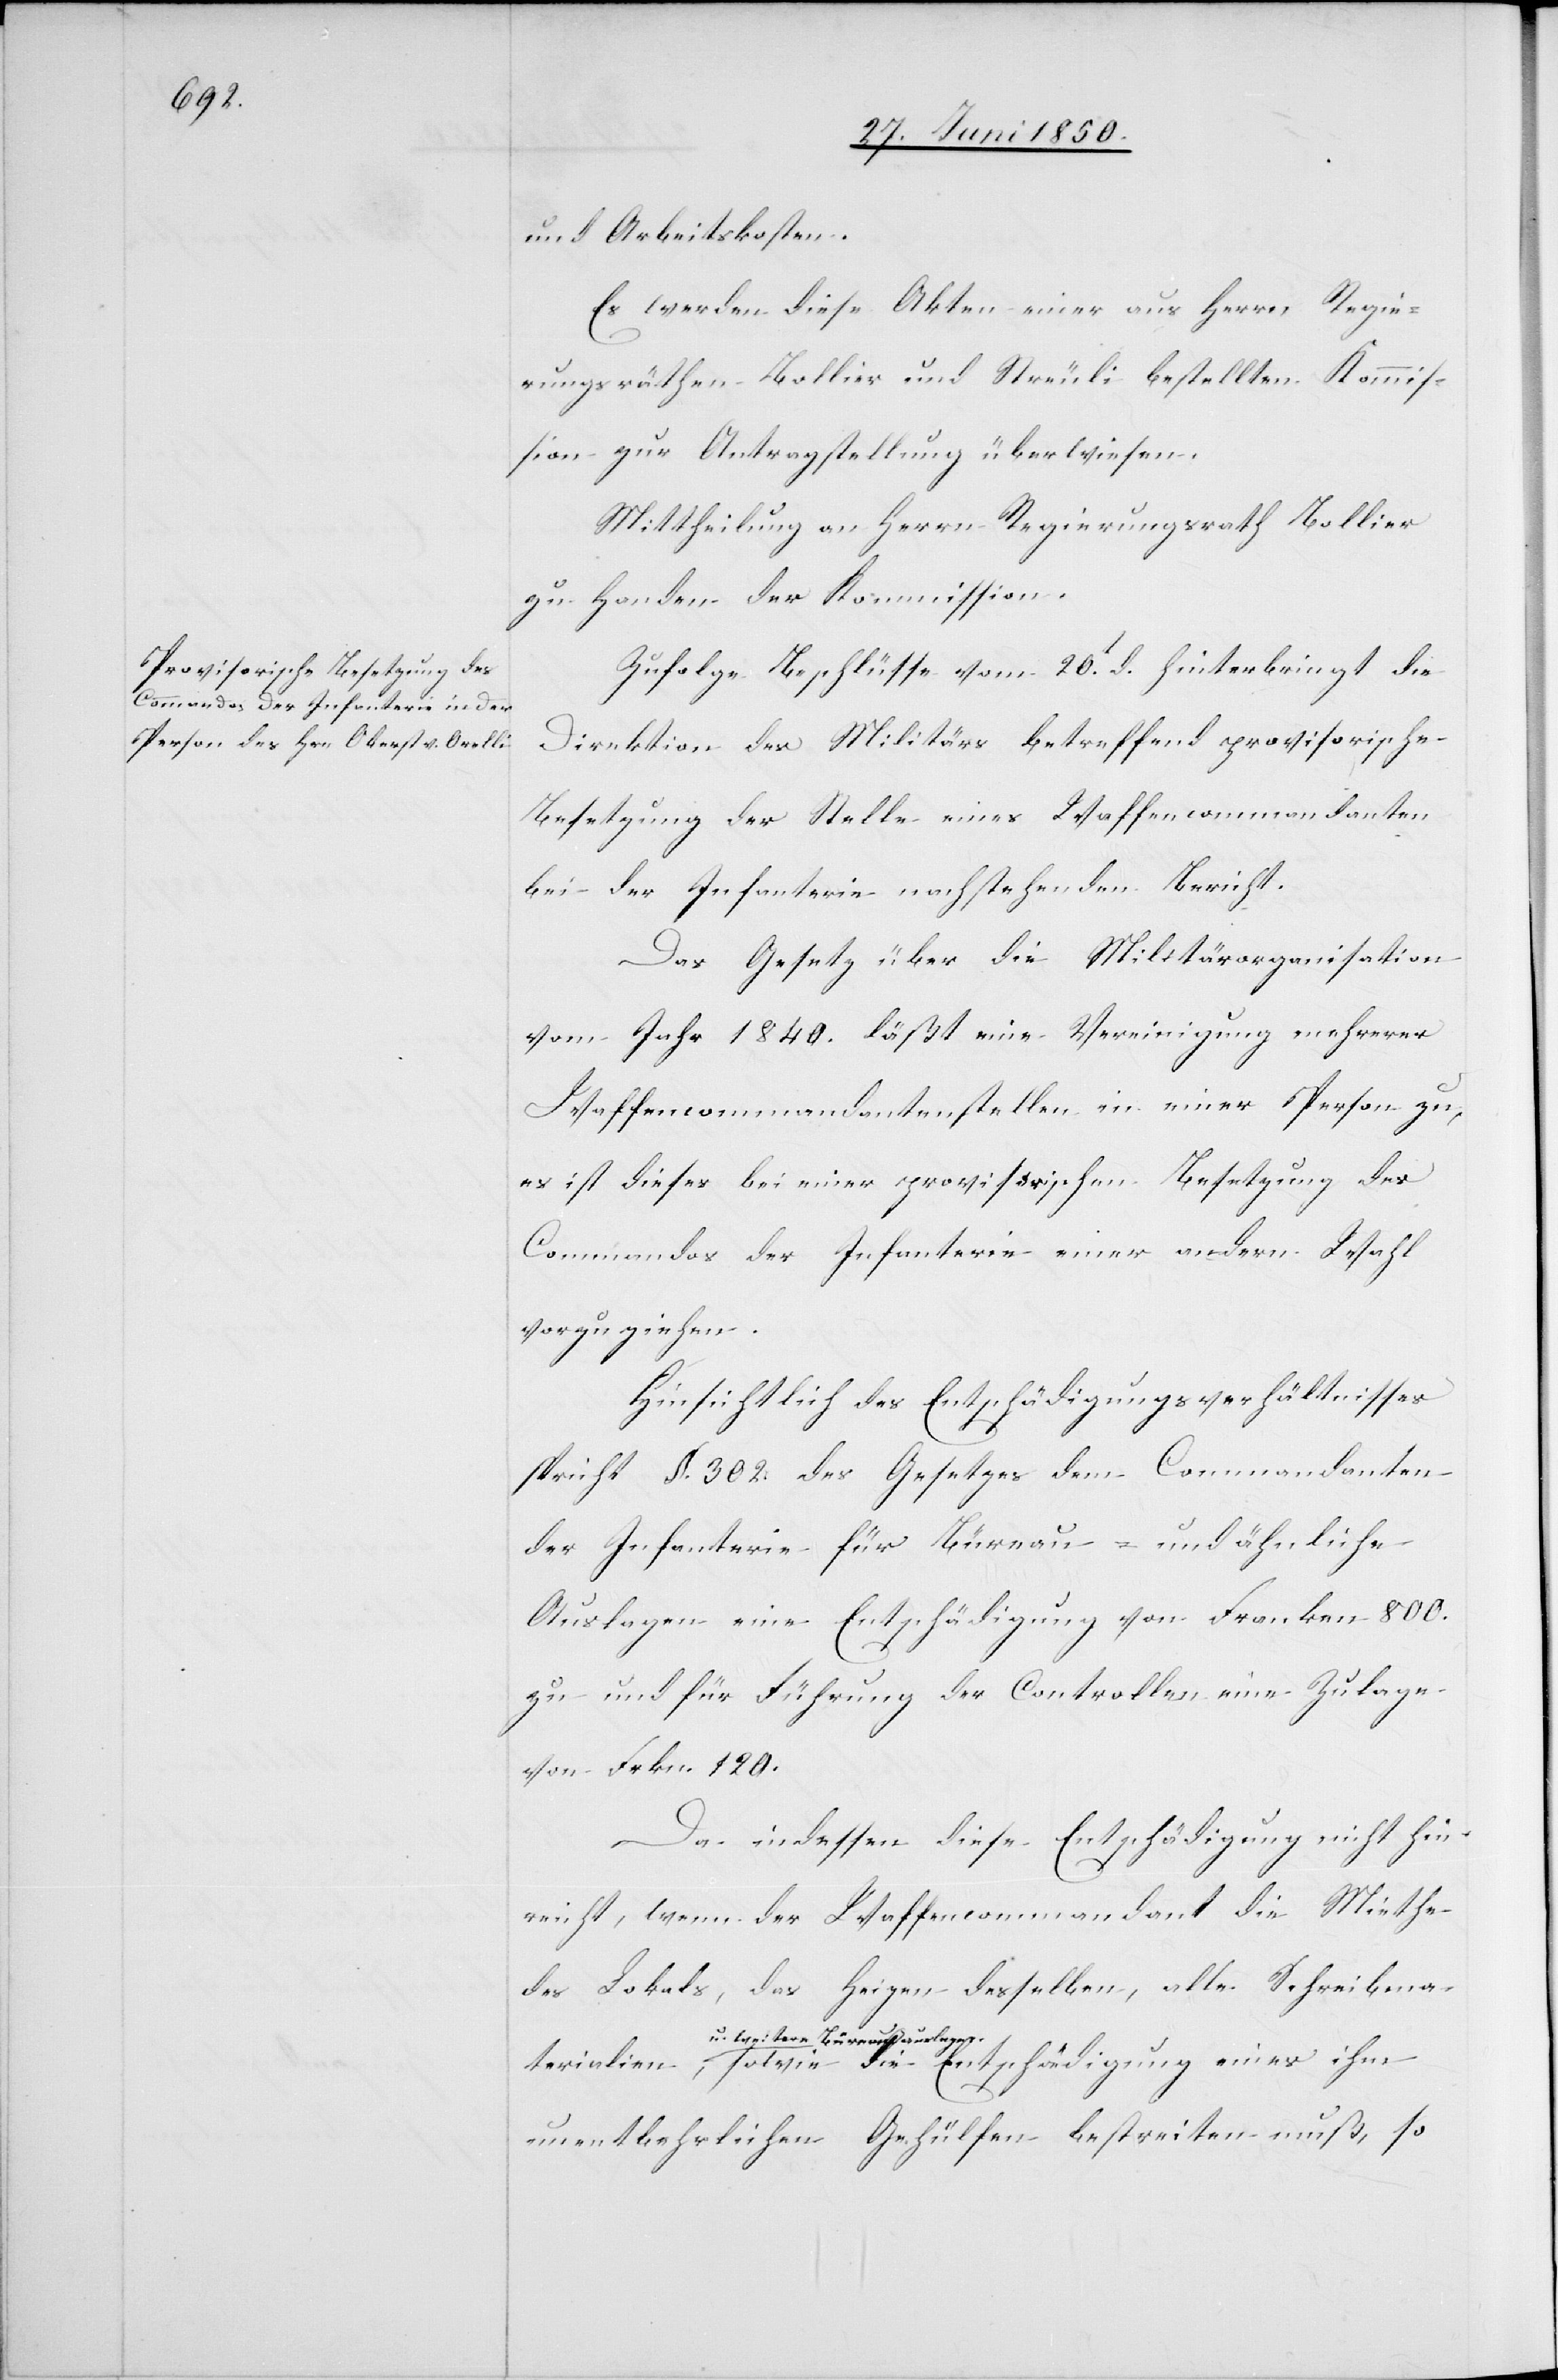
und Arbeitskosten.
Es werden diese Akten einer aus Herrn Regie¬
rungsräthen Bollier und Streuli bestellten Kommis¬
sion zur Antragstellung überwiesen.
Mittheilung an Herrn Regierungsrath Bollier
zu Handen der Kommission.
Zufolge Beschlüsse vom 20t d. hinterbringt die
Direktion des Militärs betreffend provisorische
Besetzung der Stelle eines Waffencommandanten
bei der Infanterie nachsehenden Bericht.
Das Gesetz über die Militärorganisation
vom Jahr 1840. läßt eine Vereinigung mehrerer
Waffencommandantenstellen in einer Person zu,
es ist dieses bei einer provisorischen Besetzung des
Commandos der Infanterie einer andern Wahl
terialien,
Hinsichtlich des Entschädigungsverhältnisses
spricht §. 302. des Gesetzes dem Commandanten
der Infanterie für Büreau- und ähnliche
Auslagen eine Entschädigung von Franken 800.
zu und für Führung der Controllen eine Zulage
von Frkn. 120.
Da indessen diese Entschädigung nicht hin¬
reicht, wenn der Waffencommandant die Miethe
des Lokals, das Heizen desselben, alle Schreibma¬
u. weitere Büreauauslagen
unentbehrlichen Gehülfen bestreiten muß, so